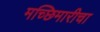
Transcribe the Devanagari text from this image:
मच्छिमारीचा